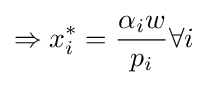
\Rightarrow x_{i}^{*}={\frac {\alpha _{i}w}{p_{i}}}\forall i